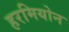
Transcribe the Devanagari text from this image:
हरमियोन